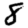
Digit: 8